Leaving Certificate Examination, 1914
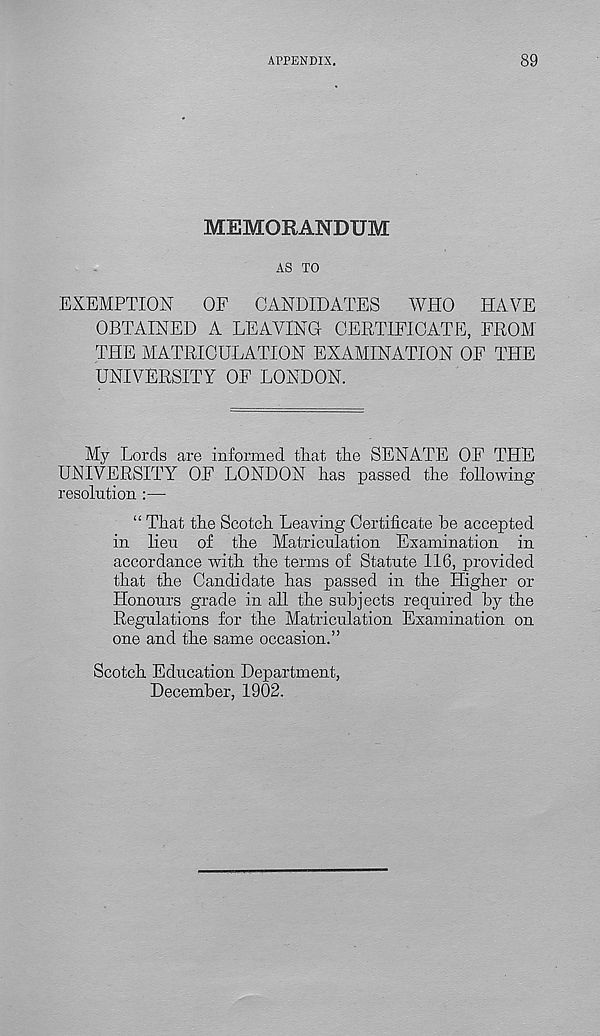
APPENDIX.
89
MEMORANDUM
AS TO
EXEMPTION
OF
CANDIDATES
WHO
HAVE
OBTAINED A LEAVING CERTIFICATE, FROM
THE MATRICULATION EXAMINATION OF THE
UNIVERSITY OF LONDON.
My Lords are informed that the SENATE OF THE
UNIVERSITY OF LONDON has passed the following
resolution :—
“ That the Scotch Leaving Certificate be accepted
in lieu of the Matriculation Examination in
accordance with the terms of Statute 116, provided
that the Candidate has passed in the Higher or
Honours grade in all the subjects required by the
Regulations for the Matriculation Examination on
one and the same occasion.”
Scotch Education Department,
December, 1902.